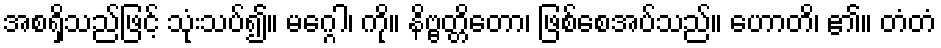
အစရှိသည်ဖြင့် သုံးသပ်၍။ မဂ္ဂေါ၊ ကို။ နိဗ္ဗတ္တိတော၊ ဖြစ်စေအပ်သည်။ ဟောတိ၊ ၏။ တံတံ